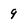
Character: 9